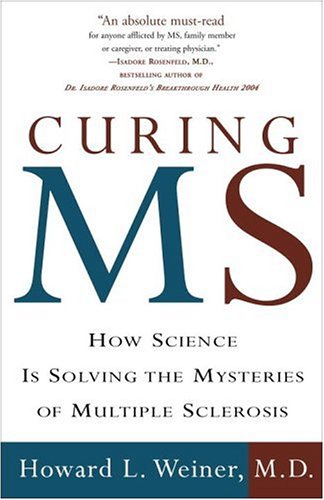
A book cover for Curing MS: How Science Is Solving the Mysteries of Multiple Sclerosis; Howard L. Weiner M.D.; Health, Fitness & Dieting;